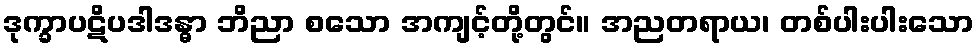
ဒုက္ခာပဋိပဒါဒန္ဓာ ဘိညာ စသော အကျင့်တို့တွင်။ အညတရာယ၊ တစ်ပါးပါးသော